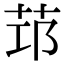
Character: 𦭭